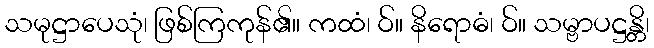
သမုဋ္ဌာပေသုံ၊ ဖြစ်ကြကုန်၏။ ကထံ၊ ဝ်။ နိရောဓံ၊ ဝ်။ သမ္ဗာပဋ္ဌန္တိ၊